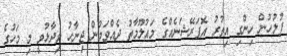
ފުލުހުން ހިންގި އިތުރު އޮޕަރޭޝަނެއްގެ މައުލޫމާތު ދެއްވަމުން ޖިނާހު ވިދާޅުވީ މި މަހުގެ